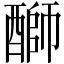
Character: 𫑺